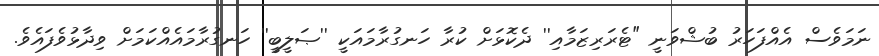
ނަމަވެސް އެއްފަހަރު ބުޝްވަނީ "ޓެރަރިޒަމާއި'' ދެކޮޅަށް ކުރާ ހަނގުރާމައަކީ ''ޞަލީބީ'' ހަނގުރާމައެއްކަމަށް ވިދާޅުވެފައެވެ.